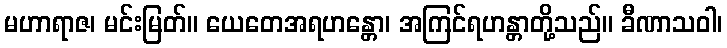
မဟာရာဇ၊ မင်းမြတ်။ ယေတေအရဟန္တော၊ အကြင်ရဟန္တာတို့သည်။ ခီဏာသဝါ၊